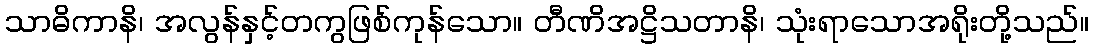
သာဓိကာနိ၊ အလွန်နှင့်တကွဖြစ်ကုန်သော။ တီဏိအဋ္ဌိသတာနိ၊ သုံးရာသောအရိုးတို့သည်။